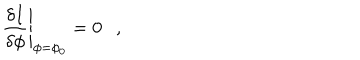
\left. { \frac { \delta I } { \delta \phi } } \right| _ { \phi = \phi _ { 0 } } = 0 ,